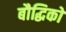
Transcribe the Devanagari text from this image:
बौद्धिकों